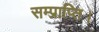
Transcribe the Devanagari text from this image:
सम्प्राप्ति।